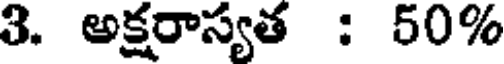
3. అక్షరాస్యత : 50%